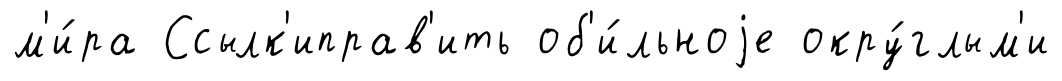
м'и́ра Ссылк'иправ'ить об'и́льноjе окру́глым'и